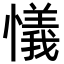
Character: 𢣂